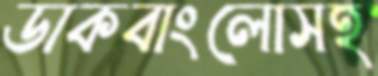
ডাকবাংলোসহ